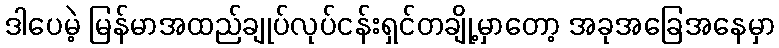
ဒါပေမဲ့ မြန်မာအထည်ချုပ်လုပ်ငန်းရှင်တချို့မှာတော့ အခုအခြေအနေမှာ